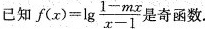
已知$$f ( x ) = \lg { \frac { 1 - m x } { x - 1 } }$$奇函数.